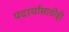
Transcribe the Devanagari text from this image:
पदार्थांसाठीही